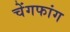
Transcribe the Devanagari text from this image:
चेंगफांग